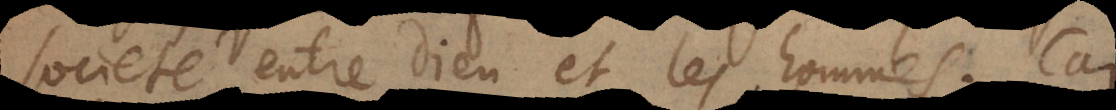
societé entre Dieu et les hommes. Car